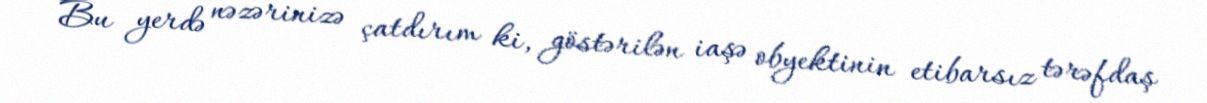
Bu yerdə nəzərinizə çatdırım ki, göstərilən iaşə obyektinin etibarsız tərəfdaş